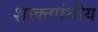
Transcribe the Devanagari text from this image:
शाक्तपंथीय